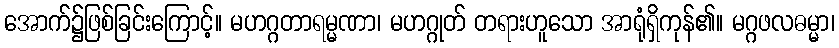
အောက်၌ဖြစ်ခြင်းကြောင့်။ မဟဂ္ဂတာရမ္မဏာ၊ မဟဂ္ဂုတ် တရားဟူသော အာရုံရှိကုန်၏။ မဂ္ဂဖလဓမ္မာ၊